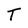
Character: T